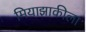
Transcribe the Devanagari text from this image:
मियाझाकीला